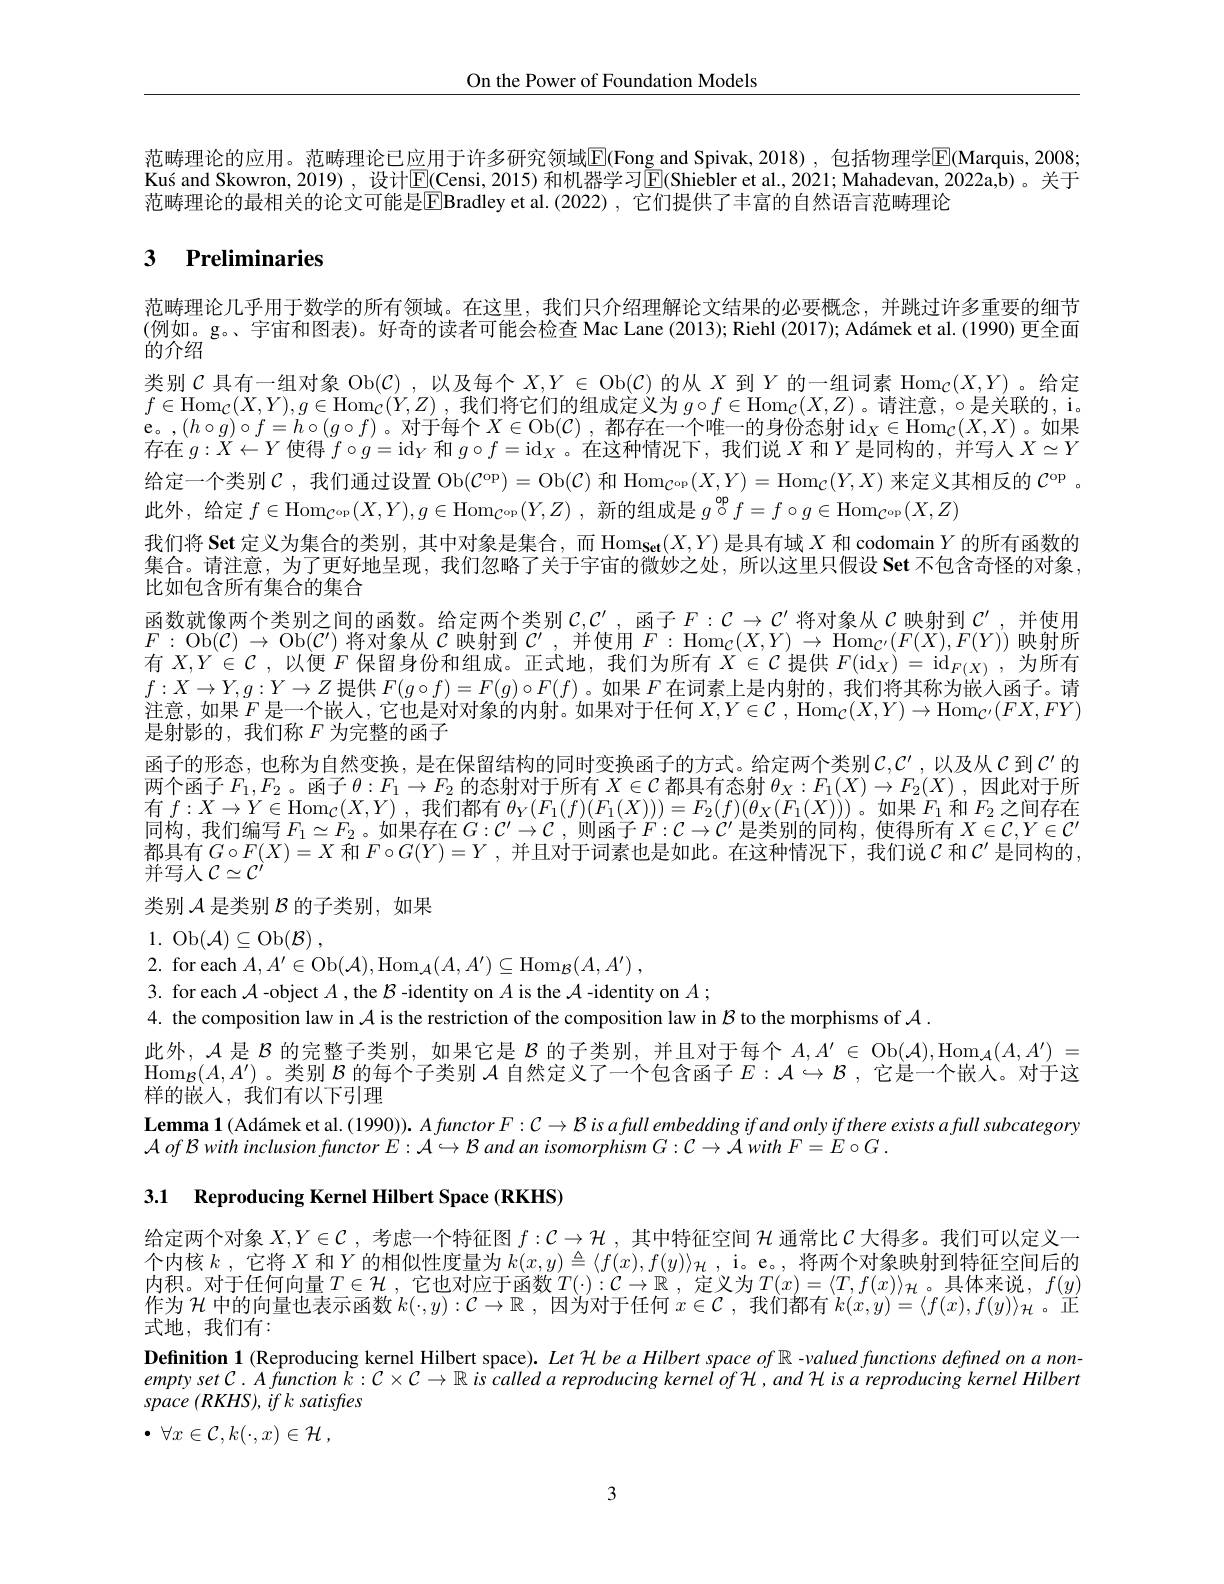
$\underline{\mathrm{On~the~Power~of~Foundation~Models}}$

范畴理论的应用。范畴理论已应用于许多研究领域$\mathbb{E}($Fong and Spivak,2018),包括物理学$\mathbb{E}(\mathbf{M}$arquis,2008; Kuís and Skowron, 2019) , 设计$\mathbb{E}($Censi, 2015) 和机器学习$\mathbb{E}($Shiebler et al., 2021; Mahadevan, 2022a,b)。关于范畴理论的最相关的论文可能是$\boxed{\mathrm{E}}$Bradley et al.(2022), 它们提供了丰富的自然语言范畴理论

# 3 Preliminaries

范畴理论几乎用于数学的所有领域。在这里，我们只介绍理解论文结果的必要概念，并跳过许多重要的细节$^{(\text{例如。g。、宇宙和图表)。好奇的读者可能会检查 Mac Lane }(2013);\text{Riehl }(2017);\text{ Adámek et al. (1990) 更全面}}$ 类别$\mathcal{C}$具有一组对象 Ob$(\mathcal{C})$ ,以及每个$X,Y\in\operatorname{Ob}(\mathcal{C})$的从$X$到$Y\text{的一组词素 Hom}_\mathcal{C}(X,Y)$ 。给定$f\in \operatorname { Hom} _{\mathcal{C} }( X, Y) , g\in \operatorname { Hom} _{\mathcal{C} }( Y, Z)$ ,我们将它们的组成定义为 $g\circ f\in\operatorname{Hom}_{\mathcal{C}}(X,Z)$。请注意，$\circ$是关联的，i $\begin{array}{c}\mathrm{e。,}(h\circ g)\circ f=h\circ(g\circ f)&\text{。对于每个 }X\in\mathrm{Ob}(\mathcal{C})&\text{,都存在一个唯一的身份态射}\operatorname{id}_X\in\mathrm{Hom}_\mathcal{C}(X,X)&\text{。如果}\\\end{array}$ 存在$g:X\leftarrow Y$使得$f\circ g=\mathrm{id}_Y$和$g\circ f=\mathrm{id}_X$ 。在这种情况下，我们说$X$和$Y$是同构的，并写人$X\simeq Y$ 给定一个类别$\mathcal{C}$ ,我们通过设置 Ob$( \mathcal{C} ^\mathrm{op}) = \operatorname { Ob} ( \mathcal{C} )$和$\operatorname{Hom}_{\mathcal{C}^\mathrm{op}}(X,Y)=\operatorname{Hom}_{\mathcal{C}}(Y,X)$来定义其相反的$\mathcal{C}^\mathrm{op}$ 。此外，给定$f\in\operatorname{Hom}_\mathcal{C^\mathrm{op}}(X,Y),g\in\operatorname{Hom}_\mathcal{C^\mathrm{op}}(Y,Z)$ ,新的组成是$g\overset\mathrm{op}\circ f=f\circ g\in\operatorname{Hom}_\mathcal{C^\mathrm{op}}(X,Z)$
我们将 Set 定义为集合的类别，其中对象是集合，而$\operatorname{Hom}_\mathbf{Set}(X,Y)$是具有域$X$和 codomain $Y$的所有函数的集合。请注意，为了更好地呈现，我们忽略了关于宇宙的微妙之处，所以这里只假设 Set 不包含奇怪的对象， 比如包含所有集合的集合
函数就像两个类别之间的函数。给定两个类别$\mathcal{C},\mathcal{C}^\prime$,函子$F:\mathcal{C}\to\mathcal{C}^\prime$ 将对象从 $\mathcal{C}$ 映射到 $\mathcal{C}^\prime$,并使用$F:$Ob$(\mathcal{C})\to$Ob$(\mathcal{C}^\prime)$将对象从$\mathcal{C}$映射到$\mathcal{C}^\prime$,并使用$F:\mathrm{Hom}_{\mathcal{C}}(X,Y)\to\mathrm{Hom}_{\mathcal{C}^{\prime}}(F(X),F(Y))$映射所有$X,Y\in\mathcal{C}$ ,以便$F$保留身份和组成。正式地，我们为所有$X\in\mathcal{C}$提供$F(\mathrm{id}_X)=\mathrm{id}_{F(X)}$,为所有$f:X\to Y,g:Y\to Z$提供$F(g\circ f)=F(g)\circ F(f)$ 。如果$F$在词素上是内射的，我们将其称为嵌人函子。请注意，如果$F$是一个嵌人，它也是对对象的内射。如果对于任何 $X,Y\in\mathcal{C},\operatorname{Hom}_\mathcal{C}(X,Y)\to\operatorname{Hom}_\mathcal{C^{\prime}}(FX,FY)$ 是射影的，我们称$F$为完整的函子
函子的形态，也称为自然变换，是在保留结构的同时变换函子的方式。给定两个类别$\mathcal{C},\mathcal{C}^{\prime}$,以及从 $\mathcal{C}$ 到$\mathcal{C}^\prime$ 的两个函子$F_1,F_2$。函子$\theta:F_1\to F_2$的态射对于所有$X\in\mathcal{C}$都具有态射$\theta_X:F_1(X)\to F_2(X)$ ,因此对于所有$f:X\to Y\in\mathrm{Hom}_{\mathcal{C}}(X,Y)$ ,我们都有$\theta_Y(F_1(f)(F_1(X)))=F_2(f)(\theta_X(F_1(X)))$。如果$F_1$和$F_2$之间存在同构，我们编写$F_1\simeq F_2$。如果存在$G:\mathcal{C}^\prime\to\mathcal{C}$,则函子$F:\mathcal{C}\to\mathcal{C}^\prime$是类别的同构，使得所有$X\in\mathcal{C},Y\in\mathcal{C}^\prime$ 都具有$G\circ F(X)=X$和$F\circ G(Y)=Y$ ,并且对于词素也是如此。在这种情况下，我们说$\mathcal{C}$和$\mathcal{C}^\prime$是同构的， 并写人$\mathcal{C}\simeq\mathcal{C}^\prime$
类别$\mathcal{A}$是类别$\mathcal{B}$的子类别，如果

1. Ob$(\mathcal{A})\subseteq$Ob$( \mathcal{B} )$ ,
2. for each $A,A^\prime\in$Ob$( \mathcal{A} ) , \mathrm{Hom}_\mathcal{A} ( A, A^{\prime }) \subseteq \mathrm{Hom}_\mathcal{B} ( A, A^{\prime })$ ,
3. for each $\mathcal{A}$ -object $A$ , the $\mathcal{B}$ -identity on $A$ is the $\mathcal{A}$ -identity on $A;$
4. the composition law in $\mathcal{A}$ is the restriction of the composition law in $\mathcal{B}$ to the morphisms of $\mathcal{A}.$
此外，$\mathcal{A}$是$\mathcal{B}$的完整子类别，如果它是$\mathcal{B}$的子类别，并且对于每个$A,A^\prime\in$ Ob$(\mathcal{A}),\operatorname{Hom}_\mathcal{A}(A,A^{\prime})=$ $\operatorname{Hom}_{\mathcal{B}}(A,A^{\prime})$。类别$\mathcal{B}$的每个子类别$\mathcal{A}$自然定义了一个包含函子$E:\mathcal{A}\hookrightarrow\mathcal{B}$ ,它是一个嵌人。对于这样的嵌人，我们有以下引理
$\textbf{Lemma 1( Ad\'{a} mek et al. ( 1990) ) . Afunctor F: C Bis afull embedding if and only if there exists a full subcategory}$
$\mathcal{A} \textit{ of B with inclusion functor E}: \mathcal{A} \hookrightarrow \mathcal{B}$ and an isomorphism G$: C\to \mathcal{A} \textit{with F}= E\circ G.$

3.1 Reproducing Kernel Hilbert Space (RKHS)

给定两个对象$X,Y\in\mathcal{C}$ ,考虑一个特征图$f:\mathcal{C}\to\mathcal{H}$ ,其中特征空间$\mathcal{H}$通常比$\mathcal{C}$大得多。我们可以定义一个内核$k$ ,它将 $X$ 和$Y$ 的相似性度量为 $k(x,y)\triangleq\langle f(x),f(y)\rangle_{\mathcal{H}}$, i。e。, 将两个对象映射到特征空间后的内积。对于任何向量$T\in\mathcal{H}$,它也对应于函数$T(\cdot):\mathcal{C}\to\mathbb{R}$ ,定义为$T(x)=\langle T,f(x)\rangle_\mathcal{H}$。具体来说，$f(y)$ 作为$\mathcal{H}$中的向量也表示函数$k(\cdot,y):\mathcal{C}\to\mathbb{R}$ ,因为对于任何$x\in\mathcal{C}$ ,我们都有$k(x,y)=\langle f(x),f(y)\rangle_\mathcal{H}$ 。正式地，我们有：
$\textbf{Definition 1 ( Reproducing kernel Hilbert space) . Let }\mathcal{H} beaHilbertspaceof\mathbb{R}$ -valued functions defined on $\alpha$ non- $emptysetC.A\hat{f}unction\tilde{k}:C\times C\to\mathbb{R}\hat{is}$ called a reproducing kernel of $\mathcal{H},and\mathcal{H}isa$ reproducing kernel Hilbert space $(RKHS),ifk$ satisfres
$\bullet$ $\forall x\in \mathcal{C} , k( \cdot , x) \in \mathcal{H}$ ,

3